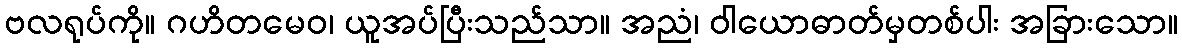
ဗလရုပ်ကို။ ဂဟိတမေဝ၊ ယူအပ်ပြီးသည်သာ။ အညံ၊ ဝါယောဓာတ်မှတစ်ပါး အခြားသော။